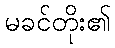
မခင်တိုး၏